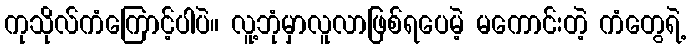
ကုသိုလ်ကံကြောင့်ပါပဲ။ လူ့ဘုံမှာလူလာဖြစ်ရပေမဲ့ မကောင်းတဲ့ ကံတွေရဲ့